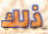
ذلك